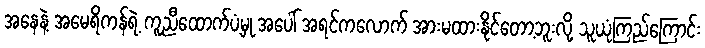
အနေနဲ့ အမေရိကန်ရဲ့ ကူညီထောက်ပံ့မှု အပေါ် အရင်ကလောက် အားမထားနိုင်တော့ဘူးလို့ သူယုံကြည်ကြောင်း